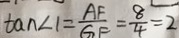
\tan \angle 1 = \frac { A F } { G F } = \frac { 8 } { 4 } = 2